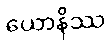
ယောနိဿ